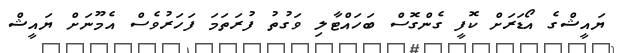
ޔައީޝްގެ އޯޑަރަށް ކޮފީ ގެންގޮސް ބަހައްޓާލި ވަގުތު ފުރަތަމަ ފަހަރުވެސް އެމޫނަށް ޔައީޝް